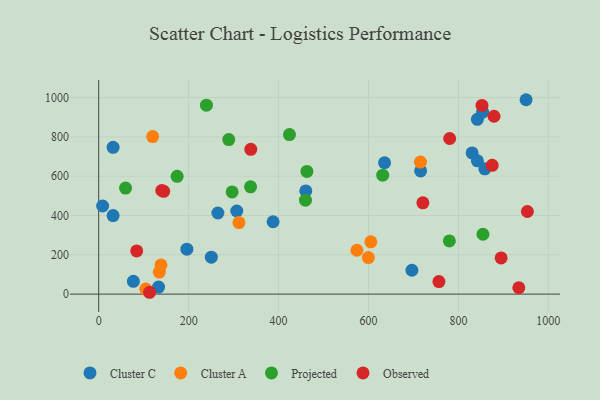
{"axis": {"x": "Distance", "y": "Sales"}, "legend": ["Cluster A", "Cluster C", "Observed", "Projected"], "data": [{"x": "842.1", "y": 889.7, "type": "Cluster C"}, {"x": "858.7", "y": 637.5, "type": "Cluster C"}, {"x": "715.9", "y": 627.0, "type": "Cluster C"}, {"x": "250.4", "y": 187.8, "type": "Cluster C"}, {"x": "133.1", "y": 36.0, "type": "Cluster C"}, {"x": "842.2", "y": 678.5, "type": "Cluster C"}, {"x": "696.5", "y": 121.6, "type": "Cluster C"}, {"x": "635.7", "y": 668.6, "type": "Cluster C"}, {"x": "32.0", "y": 399.6, "type": "Cluster C"}, {"x": "265.0", "y": 412.8, "type": "Cluster C"}, {"x": "32.0", "y": 746.8, "type": "Cluster C"}, {"x": "460.5", "y": 525.1, "type": "Cluster C"}, {"x": "8.7", "y": 448.5, "type": "Cluster C"}, {"x": "387.8", "y": 368.2, "type": "Cluster C"}, {"x": "196.1", "y": 228.9, "type": "Cluster C"}, {"x": "853.8", "y": 925.6, "type": "Cluster C"}, {"x": "950.4", "y": 989.2, "type": "Cluster C"}, {"x": "307.0", "y": 422.9, "type": "Cluster C"}, {"x": "830.4", "y": 718.6, "type": "Cluster C"}, {"x": "77.1", "y": 65.1, "type": "Cluster C"}, {"x": "574.2", "y": 223.3, "type": "Cluster A"}, {"x": "599.6", "y": 185.8, "type": "Cluster A"}, {"x": "138.5", "y": 148.5, "type": "Cluster A"}, {"x": "311.9", "y": 363.9, "type": "Cluster A"}, {"x": "119.9", "y": 801.7, "type": "Cluster A"}, {"x": "715.5", "y": 672.0, "type": "Cluster A"}, {"x": "134.8", "y": 112.1, "type": "Cluster A"}, {"x": "605.2", "y": 266.3, "type": "Cluster A"}, {"x": "104.6", "y": 25.6, "type": "Cluster A"}, {"x": "854.5", "y": 304.6, "type": "Projected"}, {"x": "631.6", "y": 605.2, "type": "Projected"}, {"x": "239.6", "y": 961.3, "type": "Projected"}, {"x": "463.0", "y": 624.6, "type": "Projected"}, {"x": "296.7", "y": 520.2, "type": "Projected"}, {"x": "424.2", "y": 812.0, "type": "Projected"}, {"x": "289.2", "y": 786.3, "type": "Projected"}, {"x": "779.8", "y": 270.7, "type": "Projected"}, {"x": "59.7", "y": 539.7, "type": "Projected"}, {"x": "337.7", "y": 546.2, "type": "Projected"}, {"x": "459.9", "y": 478.2, "type": "Projected"}, {"x": "174.4", "y": 599.4, "type": "Projected"}, {"x": "879.1", "y": 905.1, "type": "Observed"}, {"x": "894.9", "y": 184.2, "type": "Observed"}, {"x": "720.9", "y": 464.5, "type": "Observed"}, {"x": "140.2", "y": 527.3, "type": "Observed"}, {"x": "113.1", "y": 9.4, "type": "Observed"}, {"x": "852.4", "y": 960.1, "type": "Observed"}, {"x": "338.2", "y": 736.8, "type": "Observed"}, {"x": "84.5", "y": 219.9, "type": "Observed"}, {"x": "144.5", "y": 523.2, "type": "Observed"}, {"x": "953.3", "y": 420.4, "type": "Observed"}, {"x": "875.1", "y": 655.2, "type": "Observed"}, {"x": "780.5", "y": 791.9, "type": "Observed"}, {"x": "756.6", "y": 63.9, "type": "Observed"}, {"x": "934.3", "y": 32.3, "type": "Observed"}]}